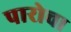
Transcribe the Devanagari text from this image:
पारोचा